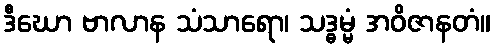
ဒီဃော ဗာလာန သံသာရော၊ သဒ္ဓမ္မံ အဝိဇာနတံ။